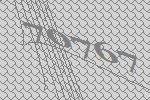
70767